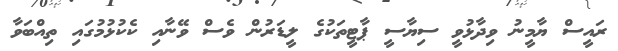
ރައީސް ޔާމީނު ވިދާޅުވީ ސިޔާސީ ޕާޓީތަކުގެ ލީޑަރުން ވެސް ވޭނާއި ކެކުޅުމުގައި ތިއްބަވާ